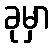
ခုမှာ